Civil Veterinary Department ledger series I-VI
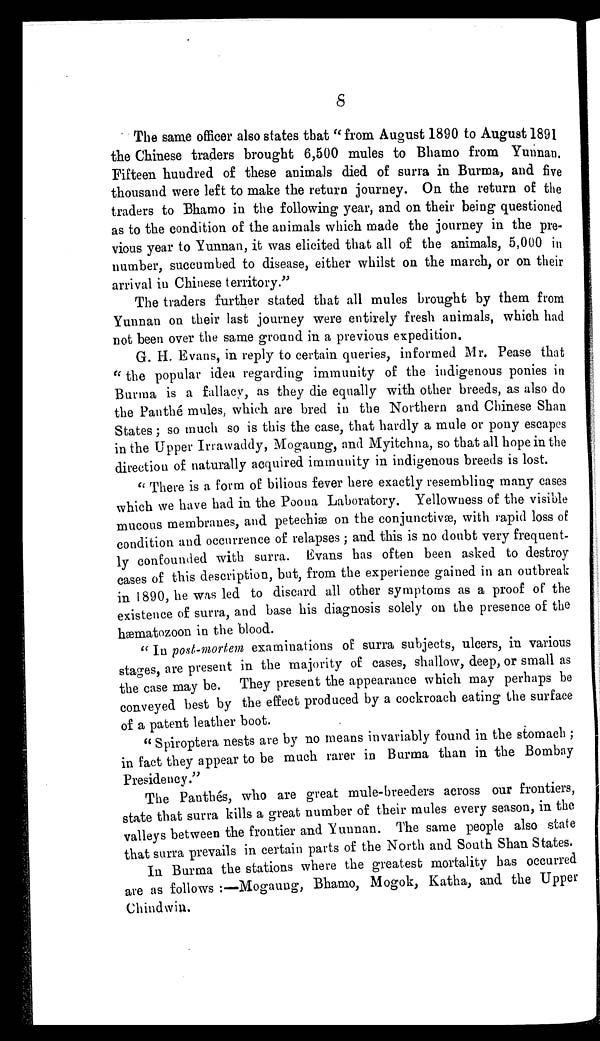
8
The same officer also states that "from August 1890 to August 1891
the Chinese traders brought 6,500 mules to Bhamo from Yunnan.
Fifteen hundred of these animals died of surra in Burma, and five
thousand were left to make the return journey. On the return of the
traders to Bhamo in the following year, and on their being questioned
as to the condition of the animals which made the journey in the pre-
vious year to Yunnan, it was elicited that all of the animals, 5,000 in
number, succumbed to disease, either whilst on the march, or on their
arrival in Chinese territory."
The traders further stated that all mules brought by them from
Yunnan on their last journey were entirely fresh animals, which had
not been over the same ground in a previous expedition.
G. H. Evans, in reply to certain queries, informed Mr. Pease that
"the popular idea regarding immunity of the indigenous ponies in
Burma is a fallacy, as they die equally with other breeds, as also do
the Panthé mules, which are bred in the Northern and Chinese Shan
States; so much so is this the case, that hardly a mule or pony escapes
in the Upper Irrawaddy, Mogaung, and Myitchna, so that all hope in the
direction of naturally acquired immunity in indigenous breeds is lost.
"There is a form of bilious fever here exactly resembling many cases
which we have had in the Poona Laboratory. Yellowness of the visible
mucous membranes, and petechiæ on the conjunctivæ, with rapid loss of
condition and occurrence of relapses; and this is no doubt very frequent-
ly confounded with surra. Evans has often been asked to destroy
cases of this description, but, from the experience gained in an outbreak
in 1890, he was led to discard all other symptoms as a proof of the
existence of surra, and base his diagnosis solely on the presence of the
hæmatozoon in the blood.
"In post-mortem examinations of surra subjects, ulcers, in various
stages are present in the majority of cases, shallow, deep, or small as
the case may be. They present the appearance which may perhaps be
conveyed best by the effect produced by a cockroach eating the surface
of a patent leather boot.
"Spiroptera nests are by no means invariably found in the stomach;
in fact they appear to be much rarer in Burma than in the Bombay
Presidency."
The Panthés, who are great mule-breeders across our frontiers,
state that surra kills a great number of their mules every season, in the
valleys between the frontier and Yunnan. The same people also state
that surra prevails in certain parts of the North and South Shan States.
In Burma the stations where the greatest mortality has occurred
are as follows:—Mogaung, Bhamo, Mogok, Katha, and the Upper
Chindwin.